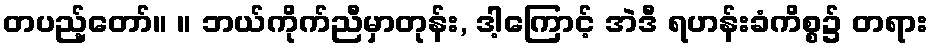
တပည့်တော်။ ။ ဘယ်ကိုက်ညီမှာတုန်း, ဒါ့ကြောင့် အဲဒီ ရဟန်းခံကိစ္စ၌ တရား